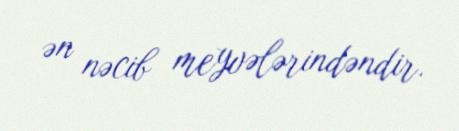
ən nəcib meyvələrindəndir.